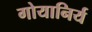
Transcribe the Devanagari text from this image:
गोयानिर्य